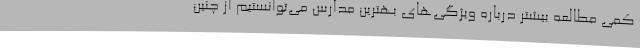
کمی مطالعه بیشتر درباره ویژگی‌های بهترین مدارس می‌توانستیم از چنین